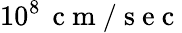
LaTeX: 10^{8}\, \mathrm{~c~m~/~s~e~c~}